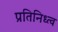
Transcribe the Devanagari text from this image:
प्रतिनिध्त्व